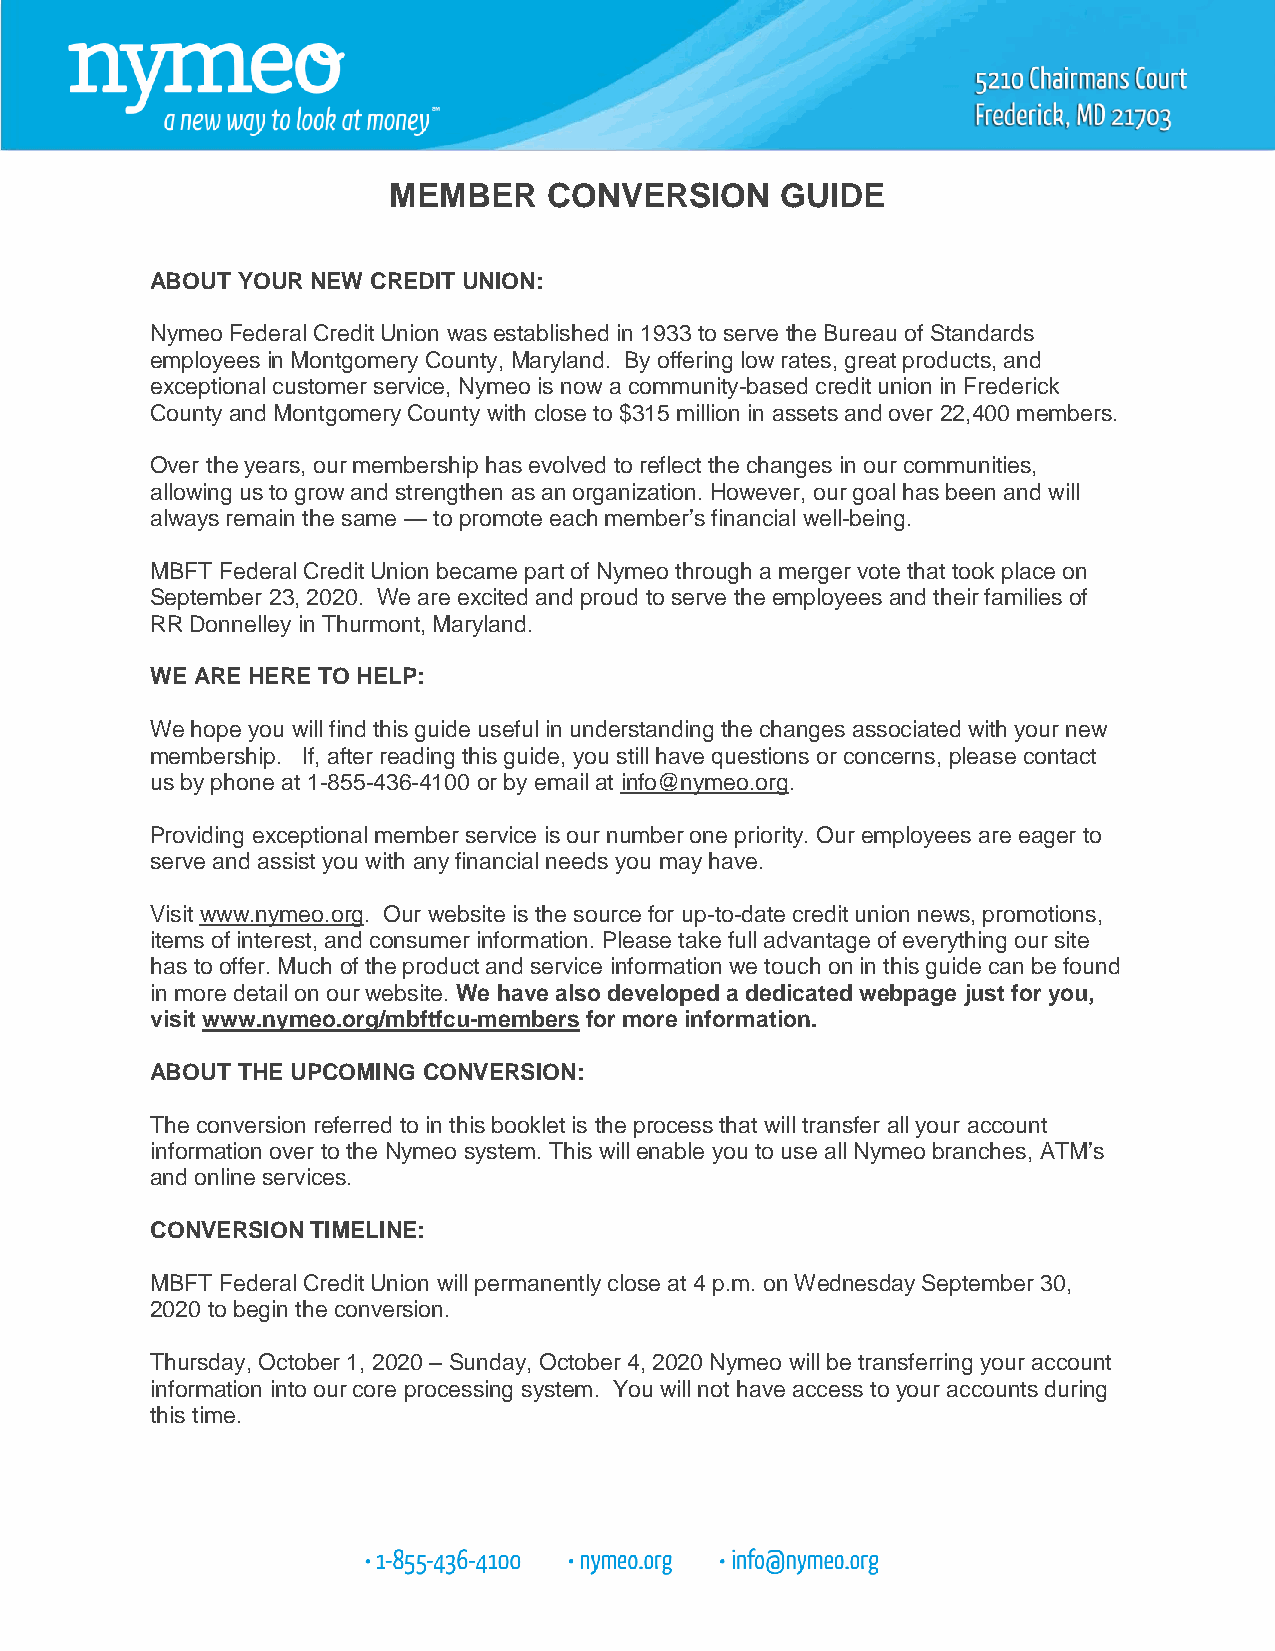
MEMBER    CONVERSION      GUIDE
 ABOUT YOUR NEW CREDIT UNION:
 Nymeo Federal Credit Union was established in 1933 to serve the Bureau of Standards
 employees in Montgomery County, Maryland. By offering low rates, great products, and
 exceptional customer service, Nymeo is now a community-based credit union in Frederick
 County and Montgomery County with close to $315 million in assets and over 22,400 members.
 Over the years, our membership has evolved to reflect the changes in our communities,
 allowing us to grow and strengthen as an organization. However, our goal has been and will
 always remain the same — to promote each member’s financial well-being.
 MBFT Federal Credit Union became part of Nymeo through a merger vote that took place on
 September 23, 2020. We are excited and proud to serve the employees and their families of
 RR Donnelley in Thurmont, Maryland.
 WE ARE HERE TO HELP:
 We hope you will find this guide useful in understanding the changes associated with your new
 membership. If, after reading this guide, you still have questions or concerns, please contact
 us by phone at 1-855-436-4100 or by email at info@nymeo.org.
 Providing exceptional member service is our number one priority. Our employees are eager to
 serve and assist you with any financial needs you may have.
 Visit www.nymeo.org. Our website is the source for up-to-date credit union news, promotions,
 items of interest, and consumer information. Please take full advantage of everything our site
 has to offer. Much of the product and service information we touch on in this guide can be found
 in more detail on our website. We have also developed a dedicated webpage just for you,
 visit www.nymeo.org/mbftfcu-members for more information.
 ABOUT THE UPCOMING CONVERSION:
 The conversion referred to in this booklet is the process that will transfer all your account
 information over to the Nymeo system. This will enable you to use all Nymeo branches, ATM’s
 and online services.
 CONVERSION TIMELINE:
 MBFT Federal Credit Union will permanently close at 4 p.m. on Wednesday September 30,
 2020 to begin the conversion.
 Thursday, October 1, 2020 – Sunday, October 4, 2020 Nymeo will be transferring your account
 information into our core processing system. You will not have access to your accounts during
 this time.